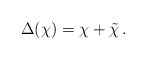
\begin{align*}\Delta(\chi )=\chi +\tilde{\chi}\,. \end{align*}